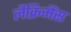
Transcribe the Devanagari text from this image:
लैक्रिमैंस